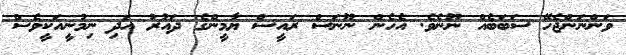
ވަންނަންޖެހޭ ސަބަބެއް ނޫނެވެ. އެހެން ނޫނަސް ރައީސް ޔާމީންގެ ދައުރު އަދި ނިމުނީއަކީވެސް